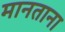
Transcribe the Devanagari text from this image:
मानताना